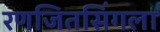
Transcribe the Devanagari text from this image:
रणजितसिंगला